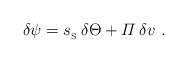
LaTeX: \begin{align*}\delta\psi={s_{_{\rm S}}}\,\delta\Theta+{\mit\Pi}\,\delta v \ . \end{align*}